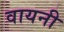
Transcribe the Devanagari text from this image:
वायनी